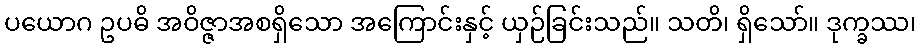
ပယောဂ ဥပဓိ အဝိဇ္ဇာအစရှိသော အကြောင်းနှင့် ယှဉ်ခြင်းသည်။ သတိ၊ ရှိသော်။ ဒုက္ခဿ၊